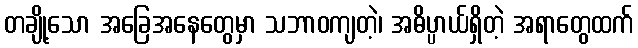
တချို့သော အခြေအနေတွေမှာ သဘာဝကျတဲ့၊ အဓိပ္ပာယ်ရှိတဲ့ အရာတွေထက်